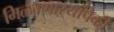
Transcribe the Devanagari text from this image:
मिळवणाऱ्यांपैकी